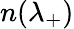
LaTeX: n(\lambda_{+})